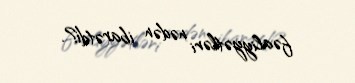
fəaliyyətləri nədən ibarətdi?.